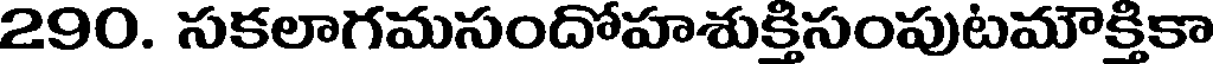
290. సకలాగమసందోహశుక్తిసంపుటమౌక్తికా